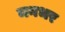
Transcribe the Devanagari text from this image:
मनभर